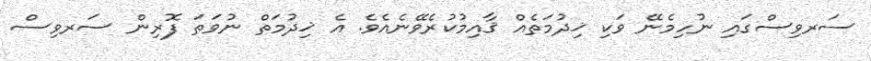
ސަރވިސްގައި ނުހިމެނޭ ވަކި ޚިދުމަތެއް ޤާއިމުކުރެވޭނެއެވެ. އެ ޚިދުމަތް ނުވަތަ ފޮރިން ސަރވިސް